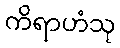
ကိရာဟံသု